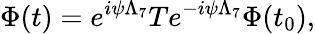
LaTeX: \Phi(t)=e^{i\psi\Lambda_{7}}Te^{-i\psi\Lambda_{7}}\Phi(t_{0}),